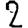
Digit: 2